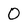
Character: O